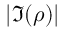
| \Im ( \rho ) |